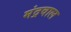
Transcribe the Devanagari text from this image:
मंद्रवाल